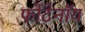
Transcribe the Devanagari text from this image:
फोंटेनॉय